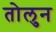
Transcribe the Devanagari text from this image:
तोलुन